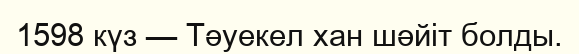
1598 күз — Тәуекел хан шәйіт болды.